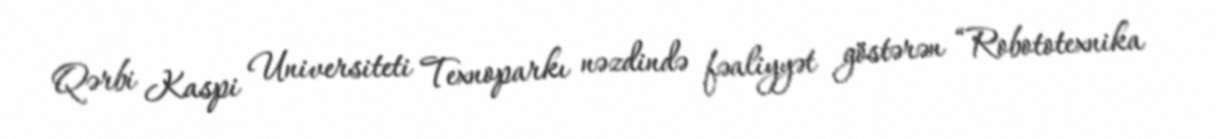
Qərbi Kaspi Universiteti Texnoparkı nəzdində fəaliyyət göstərən “Robototexnika